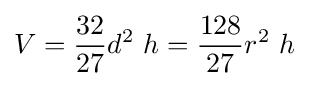
V={\frac {32}{27}}d^{2}\ h={\frac {128}{27}}r^{2}\ h